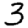
Digit: 3